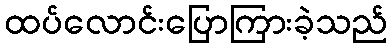
ထပ်လောင်းပြောကြားခဲ့သည်